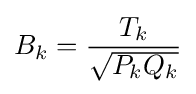
B_{k}={\frac {T_{k}}{\sqrt {P_{k}Q_{k}}}}